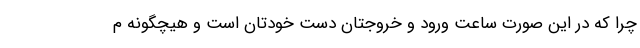
چرا که در این صورت ساعت ورود و خروجتان دست خودتان است و هیچگونه م